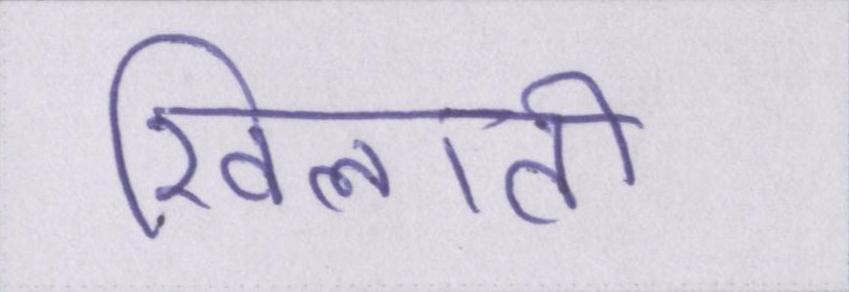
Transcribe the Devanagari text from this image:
खिलाती